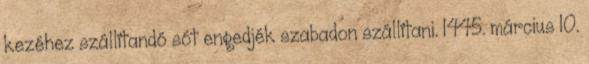
kezéhez szállítandó sót engedjék szabadon szállítani. 1445. március 10.